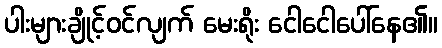
ပါးများချိုင့်ဝင်လျက် မေးရိုး ငေါငေါပေါ်နေ၏။